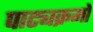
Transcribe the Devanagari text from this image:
पाट्यक्रमो